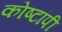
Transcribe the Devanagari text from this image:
कोष्टांपी